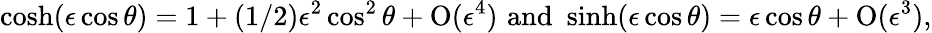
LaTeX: \cosh(\epsilon\cos\theta)=1+(1/2)\epsilon^{2}\cos^{2}\theta+\mathrm{O}(\epsilon^{4})\, \, \mathrm{and}\, \, \sinh(\epsilon\cos\theta)=\epsilon\cos\theta+\mathrm{O}(\epsilon^{3}),